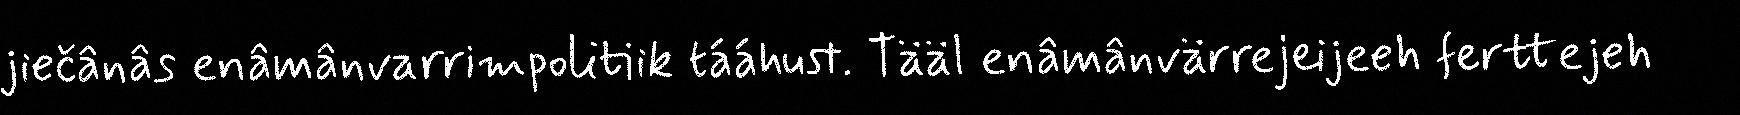
jiečânâs enâmânvarrimpolitiik tááhust. Tääl enâmânvärrejeijeeh ferttejeh